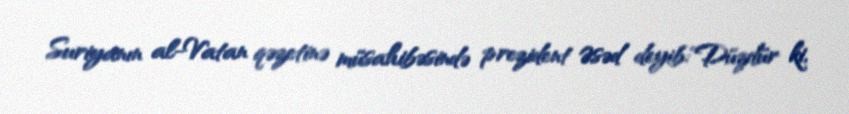
Suriyanın al-Vatan qəzetinə müsahibəsində prezident Əsəd deyib:"Düzdür ki,